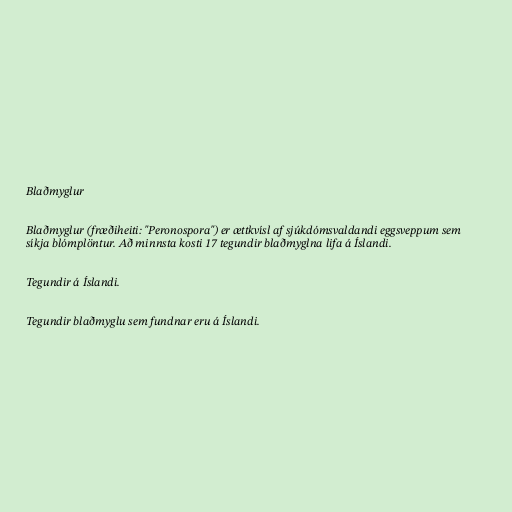
Blaðmyglur

Blaðmyglur (fræðiheiti: "Peronospora") er ættkvísl af sjúkdómsvaldandi eggsveppum sem
síkja blómplöntur. Að minnsta kosti 17 tegundir blaðmyglna lifa á Íslandi.

Tegundir á Íslandi.

Tegundir blaðmyglu sem fundnar eru á Íslandi.